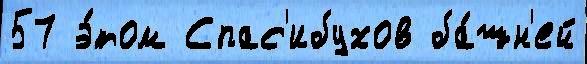
57 э́том Спас'ибухов ба́шн'ей